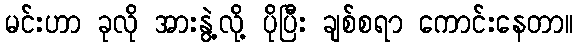
မင်းဟာ ခုလို အားနွဲ့လို့ ပိုပြီး ချစ်စရာ ကောင်းနေတာ။